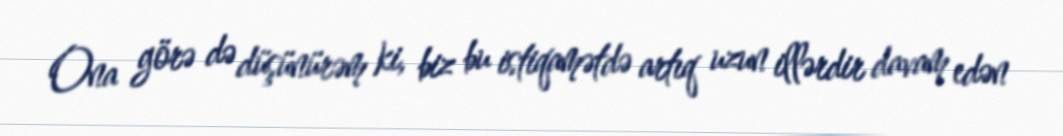
Ona görə də düşünürəm ki, biz bu istiqamətdə artıq uzun illərdir davam edən